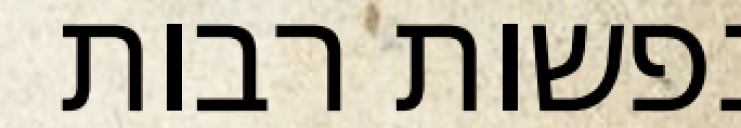
נפשות רבות